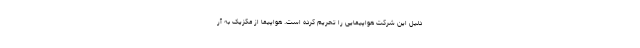
دلیل این شرکت هواپیمایی را تحریم کرده است. هواپیما از مکزیک به آر